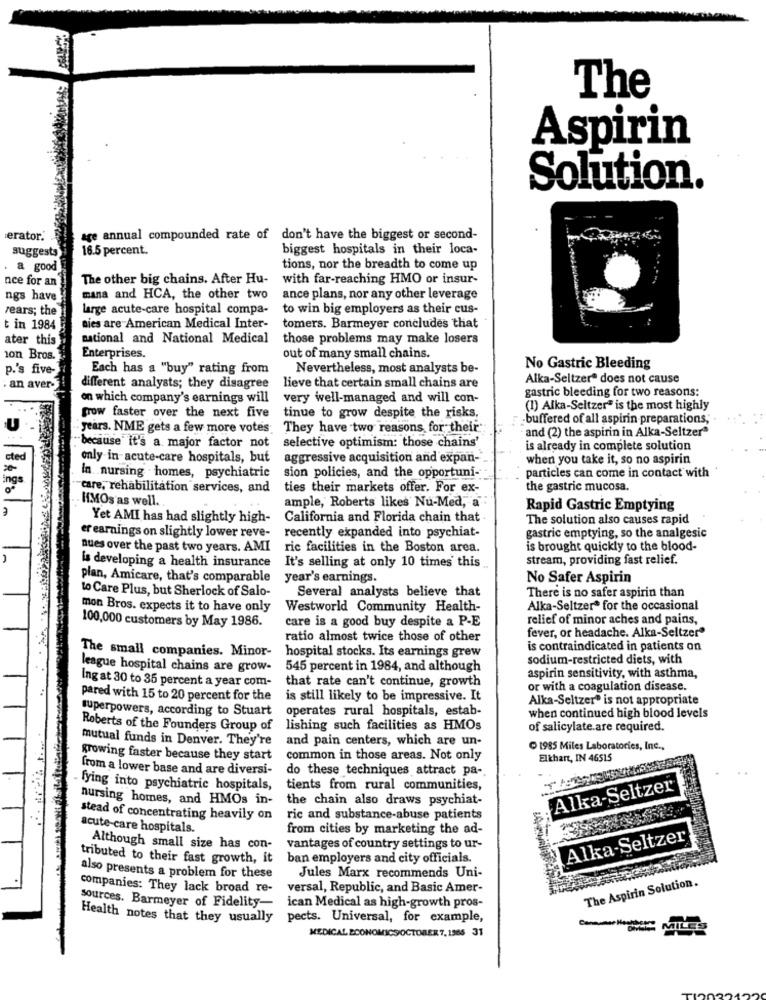
The
Aspirin
Solution.
erator.
age annual compounded rate of don't have the biggest or second-
16.5 percent.
biggest hospitals in their loca-
suggests
a good
tions, nor the breadth to come up
nce for an
The other big chains. After Hu-
with far-reaching HMO or insur-
ngs have
mana and HCA, the other two
ance plans, nor any other leverage
rears; the
large acute-care hospital compa-
to win big employers as their cus-
t in 1984
nies are American Medical Inter-
tomers. Barmeyer concludes that
ater this
national and National Medical
those problems may make losers
ion Bros.
Enterprises.
out of many small chains.
p.'s five-
Each has a "buy" rating from
Nevertheless, most analysts be-
No Gastric Bleeding
Alka-Seltzerª does not cause
an aver-
different analysts; they disagree
lieve that certain small chains are
gastric bleeding for two reasons:
on which company's earnings will
very well-managed and will con-
tinue to grow despite the risks,
(1) Alka-Seltzer" is the most highly
grow faster over the next five
buffered of all aspirin preparations,".
years. NME gets a few more votes; They have two reasons for their
- and (2) the aspirin in Alka-Seltzer"
because it's a major factor not
selective optimism: those chains'
is already in complete solution
cted
only in acute-care hospitals, but
aggressive acquisition and expan-
when you take it, so no aspirin
ings
In nursing homes, psychiatric
sion policies, and the opportuni-
particles can come in contact with
care, rehabilitation services, and
ties their markets offer. For ex-
the gastric mucosa.
HMOs as well ..
ample, Roberts likes Nu-Med, a
Rapid Gastric Emptying
Yet AMI has had slightly high-
California and Florida chain that
The solution also causes rapid
er earnings on slightly lower reve-
recently expanded into psychiat-
gastric emptying, so the analgesic
ques over the past two years. AMI
ric facilities in the Boston area.
is brought quickly to the blood-
stream, providing fast relief.
is developing a health insurance
It's selling at only 10 times this
plan, Amicare, that's comparable
year's earnings.
No Safer Aspirin
to Care Plus, but Sherlock of Salo-
Several analysts believe that
There is no safer aspirin than
mon Bros. expects it to have only
Westworld Community Health-
Alka-Seltzer* for the occasional
care is a good buy despite a P-E
relief of minor aches and pains,
100,000 customers by May 1986.
fever, or headache. Alka-Seltzer"
ratio almost twice those of other
is contraindicated in patients on
The small companies. Minor-
hospital stocks. Its earnings grew
sodium-restricted diets, with
league hospital chains are grow-
545 percent in 1984, and although
that rate can't continue, growth
aspirin sensitivity, with asthma,
Ing at 30 to 35 percent a year com-
or with a coagulation disease.
pared with 15 to 20 percent for the
is still likely to be impressive. It
Alka-Seltzer® is not appropriate
superpowers, according to Stuart
operates rural hospitals, estab-
when continued high blood levels
Roberts of the Founders Group of
lishing such facilities as HMOs
of salicylate.are required.
mutual funds in Denver. They're
and pain centers, which are un-
1985 Miles Laboratories, Inc .,
growing faster because they start
common in those areas. Not only
Elkhart, IN 46515
from a lower base and are diversi-
do these techniques attract pa-
fying into psychiatric hospitals,
tients from rural communities,
Alka-Seltzer
nursing homes, and HMOs in-
the chain also draws psychiat-
stead of concentrating heavily on
ric and substance-abuse patients
acute-care hospitals.
from cities by marketing the ad-
Alka-Seltzer
Although small size has con-
vantages of country settings to ur-
tributed to their fast growth, it
ban employers and city officials.
also presents a problem for these
Jules Marx recommends Uni-
The Aspirin Solution.
companies: They lack broad re-
versal, Republic, and Basic Amer-
sources. Barmeyer of Fidelity-
ican Medical as high-growth pros-
Health notes that they usually
pects. Universal, for example,
ComeMILES
MEDICAL ECONOMICSOCTOBER 7, 1365 31